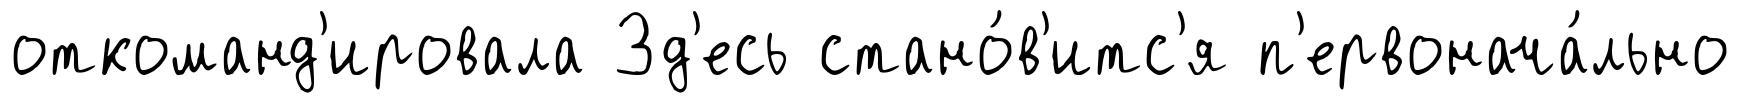
откоманд'ировала Зд'есь стано́в'итс'я п'ервонача́льно